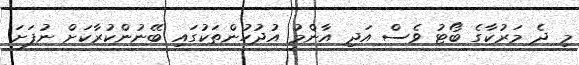
މި ދެ މަރުކާގެ ބޯޓު ވެސް އަދި އާންމު އުދުހުންތަކުގައި ބޭނުންކުރާކަށް ނުފަށަ